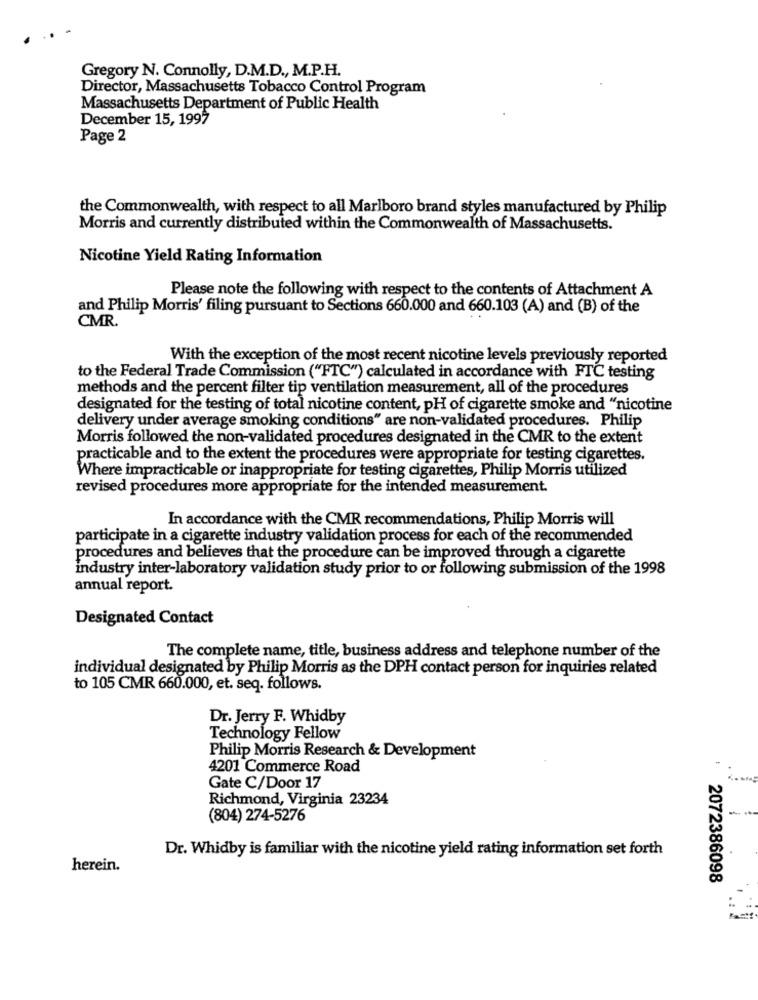
Gregory N. Connolly, D.M.D ., M.P.H.
Director, Massachusetts Tobacco Control Program
Massachusetts Department of Public Health
December 15, 1997
Page 2
the Commonwealth, with respect to all Marlboro brand styles manufactured by Philip
Morris and currently distributed within the Commonwealth of Massachusetts.
Nicotine Yield Rating Information
Please note the following with respect to the contents of Attachment A
and Philip Morris' filing pursuant to Sections 660.000 and 660.103 (A) and (B) of the
CMR.
With the exception of the most recent nicotine levels previously reported
to the Federal Trade Commission ("FTC") calculated in accordance with FTC testing
methods and the percent filter tip ventilation measurement, all of the procedures
designated for the testing of total nicotine content, pH of cigarette smoke and "nicotine
delivery under average smoking conditions" are non-validated procedures. Philip
Morris followed the non-validated procedures designated in the CMR to the extent
practicable and to the extent the procedures were appropriate for testing cigarettes.
Where impracticable or inappropriate for testing cigarettes, Philip Morris utilized
revised procedures more appropriate for the intended measurement.
In accordance with the CMR recommendations, Philip Morris will
participate in a cigarette industry validation process for each of the recommended
procedures and believes that the procedure can be improved through a cigarette
industry inter-laboratory validation study prior to or following submission of the 1998
annual report.
Designated Contact
The complete name, title, business address and telephone number of the
individual designated by Philip Morris as the DPH contact person for inquiries related
to 105 CMR 660.000, et. seq. follows.
Dr. Jerry F. Whidby
Technology Fellow
Philip Morris Research & Development
4201 Commerce Road
Gate C/Door 17
Richmond, Virginia 23234
(804) 274-5276
Dr. Whidby is familiar with the nicotine yield rating information set forth
herein.
2072386098